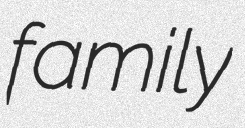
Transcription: family